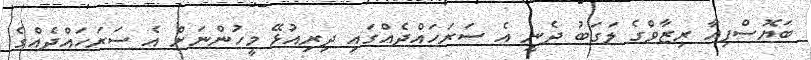
ބަޔޮސްފިއާ ރިޒާވްގެ ލަގަބު ދެނީ އެ ސަރަހައްދެއްގައި ދިރިއުޅޭ މީހުންނަށް އެ ސަރަހައްދެއްގެ